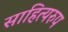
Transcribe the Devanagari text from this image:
साहित्यरुप